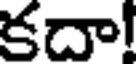
కదా!